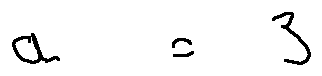
a = 3